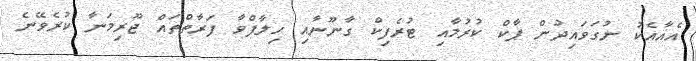
އެއާއެކު ނުގަވައިދުން ޕާކް ކުރުމާއި ޓުރެފިކް ގާނޫނާއި ހިލާފްވާ ފަރާތްތައް ޖޫރިމަނާ ކުރެވޭނެ